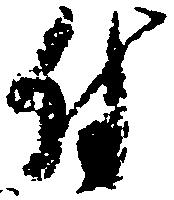
付